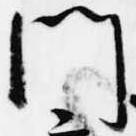
門